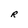
Character: R